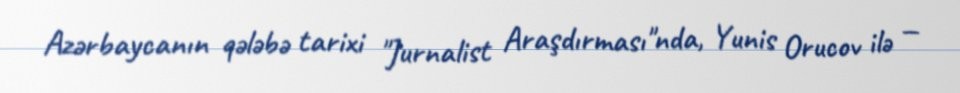
Azərbaycanın qələbə tarixi "Jurnalist Araşdırması"nda, Yunis Orucov ilə —